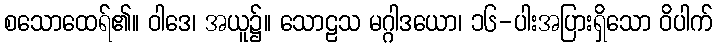
စသောထေရ်၏။ ဝါဒေ၊ အယူ၌။ သောဠသ မဂ္ဂါဒယော၊ ၁၆-ပါးအပြားရှိသော ဝိပါက်